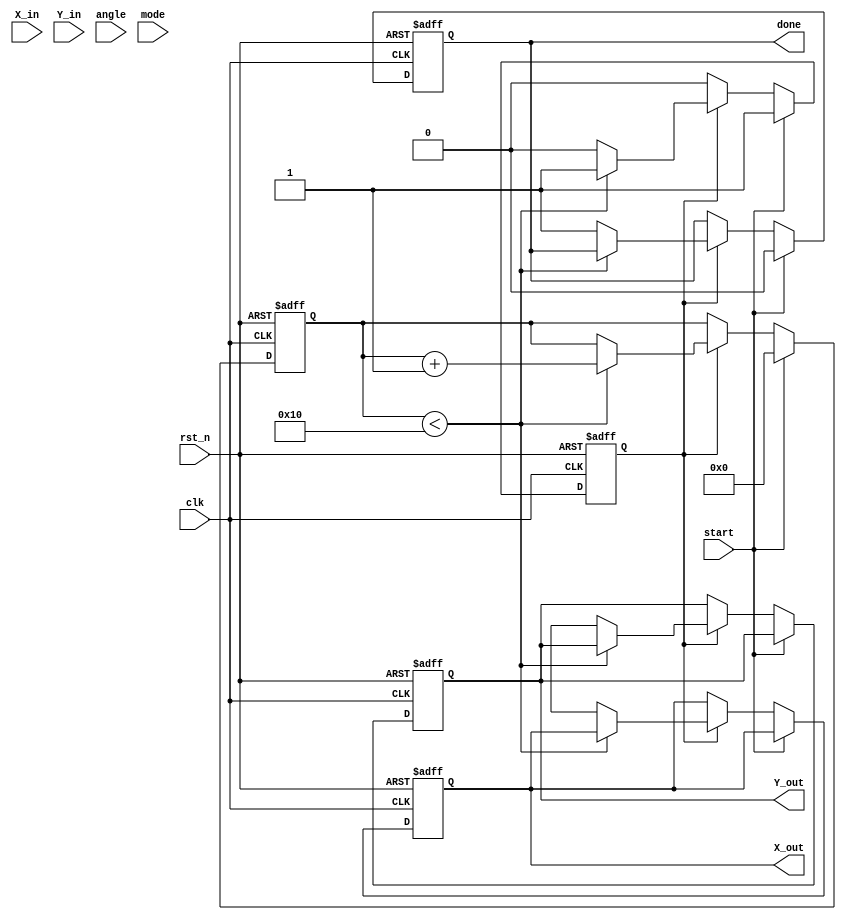
module modified_cordic (
    input wire clk,
    input wire rst_n, // Active low reset
    input wire start, // Start signal for operation
    input wire [15:0] X_in, // Input X coordinate
    input wire [15:0] Y_in, // Input Y coordinate
    input wire [15:0] angle, // Input angle in radians
    input wire mode, // 0 for circular, 1 for hyperbolic
    output reg [15:0] X_out, // Output X coordinate
    output reg [15:0] Y_out, // Output Y coordinate
    output reg done // Operation done flag
);

    // Parameters
    parameter NUM_ITERATIONS = 16; // Number of iterations
    parameter SCALE_FACTOR = 16'hB6; // Precomputed scaling factor

    // Internal registers
    reg [15:0] x [0:NUM_ITERATIONS-1];
    reg [15:0] y [0:NUM_ITERATIONS-1];
    reg [15:0] angle_table [0:NUM_ITERATIONS-1]; // Angle LUT
    reg [3:0] iteration; // Iteration counter
    reg [15:0] current_angle; // Current angle
    reg processing; // Processing state

    // Initialize angle lookup table (arctan values)
    initial begin
        angle_table[0] = 16'h0000; // atan(0)
        angle_table[1] = 16'h3C90; // atan(1/2)
        angle_table[2] = 16'h3E20; // atan(1/4)
        // Add more precomputed values as needed...
    end

    // State machine for processing
    always @(posedge clk or negedge rst_n) begin
        if (!rst_n) begin
            iteration <= 0;
            done <= 0;
            processing <= 0;
            X_out <= 0;
            Y_out <= 0;
        end else if (start) begin
            // Initialize values
            x[0] <= X_in;
            y[0] <= Y_in;
            current_angle <= angle;
            iteration <= 0;
            done <= 0;
            processing <= 1;
        end else if (processing) begin
            if (iteration < NUM_ITERATIONS) begin
                // Rotation Logic (conditional addition/subtraction)
                if (current_angle >= angle_table[iteration]) begin
                    x[iteration + 1] <= x[iteration] - (y[iteration] >> iteration);
                    y[iteration + 1] <= y[iteration] + (x[iteration] >> iteration);
                    current_angle <= current_angle - angle_table[iteration];
                end else begin
                    x[iteration + 1] <= x[iteration] + (y[iteration] >> iteration);
                    y[iteration + 1] <= y[iteration] - (x[iteration] >> iteration);
                    current_angle <= current_angle + angle_table[iteration];
                end

                // Apply scaling factor
                x[iteration + 1] <= (x[iteration + 1] * SCALE_FACTOR) >> 16;
                y[iteration + 1] <= (y[iteration + 1] * SCALE_FACTOR) >> 16;

                // Increment iteration counter
                iteration <= iteration + 1;
            end else begin
                // Final output after processing
                X_out <= x[NUM_ITERATIONS];
                Y_out <= y[NUM_ITERATIONS];
                done <= 1;
                processing <= 0;
            end
        end
    end
endmodule